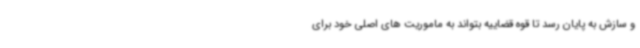
و سازش به پایان رسد تا قوه قضاییه بتواند به ماموریت های اصلی خود برای